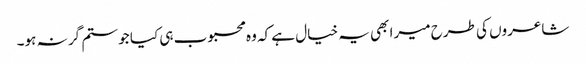
شاعروں کی طرح میرا بھی یہ خیال ہے کہ وہ محبوب ہی کیا جو ستم گر نہ ہو۔